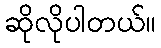
ဆိုလိုပါတယ်။